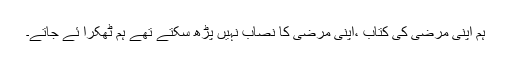
ہم اپنی مرضی کی کتاب ،اپنی مرضی کا نصاب نہیں پڑھ سکتے تھے ہم ٹھکرا ئے جاتے۔